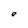
Character: o